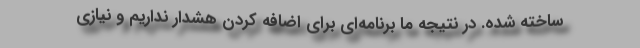
ساخته شده. در نتیجه ما برنامه‌ای برای اضافه کردن هشدار نداریم و نیازی